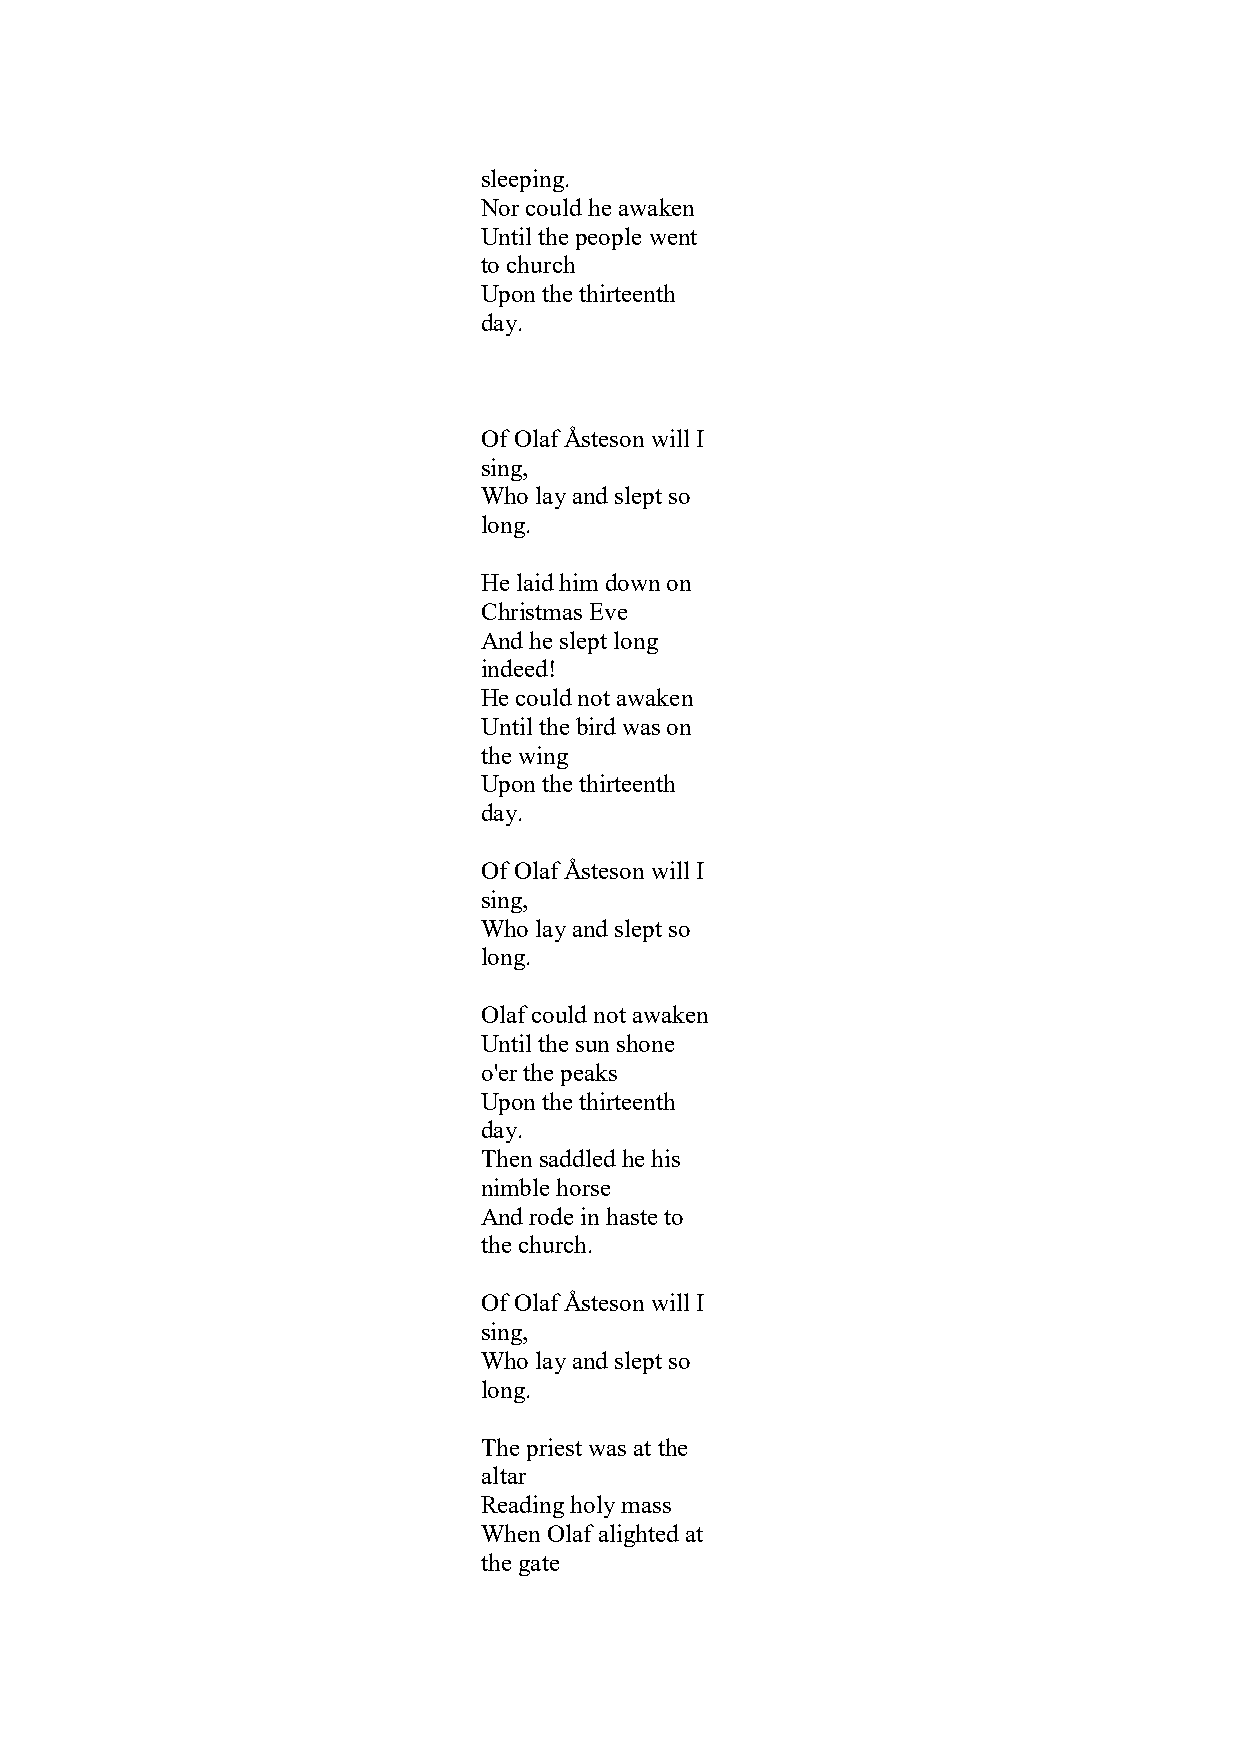
sleeping.
 Nor could he awaken
 Until the people went
 to church
 Upon the thirteenth
 day.
 Of Olaf Åsteson will I
 sing,
 Who lay and slept so
 long.
 He laid him down on
 Christmas Eve
 And he slept long
 indeed!
 He could not awaken
 Until the bird was on
 the wing
 Upon the thirteenth
 day.
 Of Olaf Åsteson will I
 sing,
 Who lay and slept so
 long.
 Olaf could not awaken
 Until the sun shone
 o'er the peaks
 Upon the thirteenth
 day.
 Then saddled he his
 nimble horse
 And rode in haste to
 the church.
 Of Olaf Åsteson will I
 sing,
 Who lay and slept so
 long.
 The priest was at the
 altar
 Reading holy mass
 When Olaf alighted at
 the gate